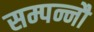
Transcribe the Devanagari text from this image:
सम्पन्नौ